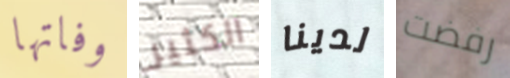
وفاتها الكثير لدينا رفضت